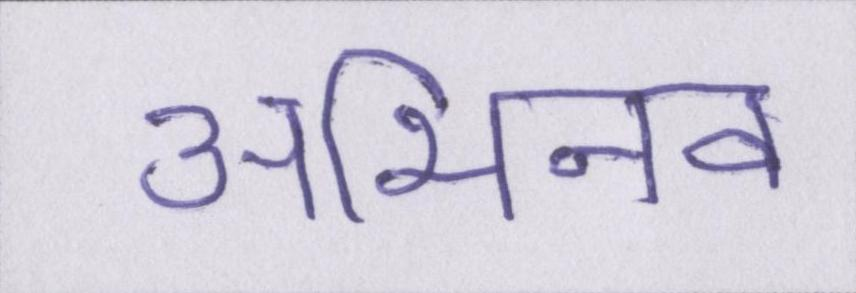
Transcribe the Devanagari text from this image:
अभिनव